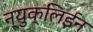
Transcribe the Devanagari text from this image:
न्युक्लिईन